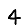
Digit: 4